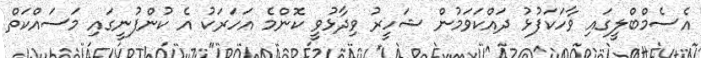
އެސެމްބްލީގައި ވާހަކަފުޅު ދައްކަަވަމުން ޝަހީރު ވިދާޅުވީ ކޮންމެ އަހަރަކު އެ ކުންފުނީގައި މަސައްކަތް